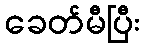
ခေတ်မီပြီး